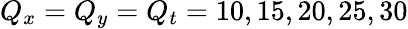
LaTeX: Q_{x}=Q_{y}=Q_{t}=10,15,20,25,30